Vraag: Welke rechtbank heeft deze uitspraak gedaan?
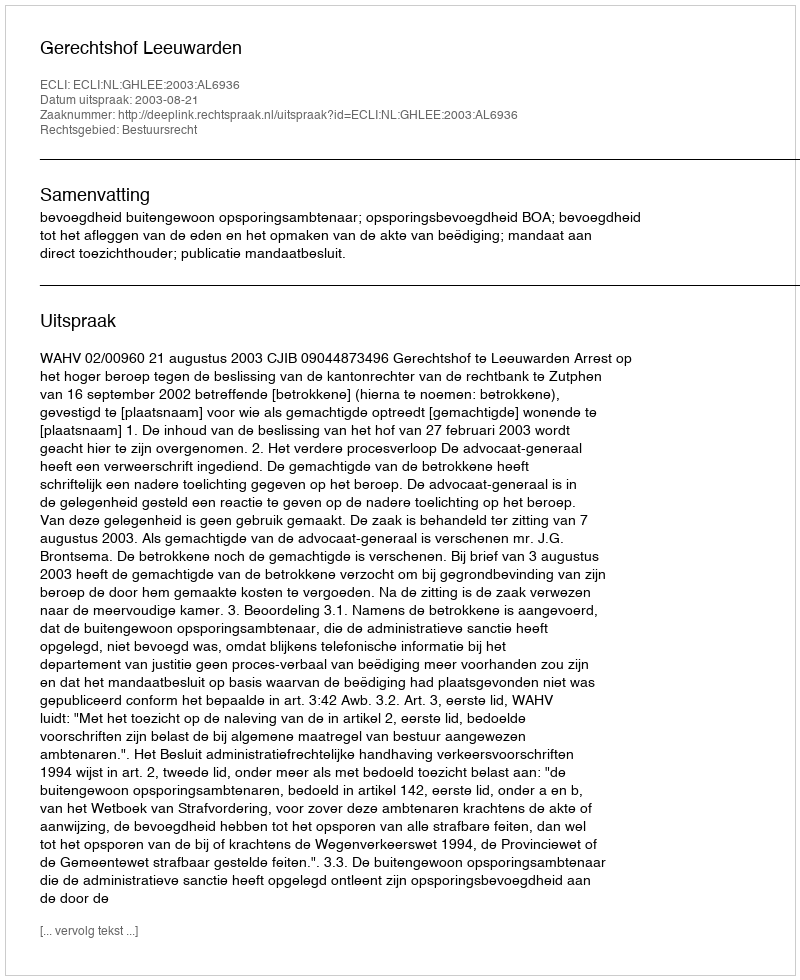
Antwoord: Gerechtshof Leeuwarden